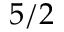
5 / 2